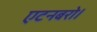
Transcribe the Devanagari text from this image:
एटनबरो।